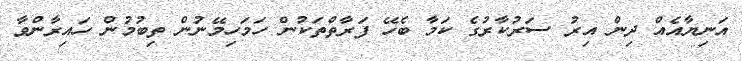
އަނިޔާއެއް ދިން އިރު ސަރުކާރުގެ ކަމާ ބެހޭ ފަރާތްތަކުން ހަމަހިމޭނުން ތިބުމުން ހައިރާންވާ